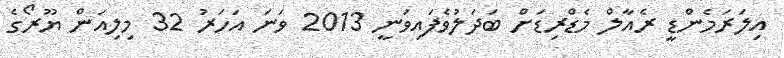
އިލަރަމެންޑީ ރެއާލް މެޑްރިޑަށް ބަދަލުވެފައިވަނީ 2013 ވަނަ އަހަރު 32 މިލިއަން ޔޫރޯގެ